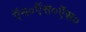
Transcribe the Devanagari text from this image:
ऍन०ऍस०ऍस०